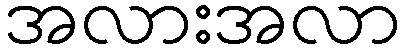
အလားအလာ